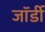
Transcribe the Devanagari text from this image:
जॉर्डी